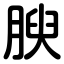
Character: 腴